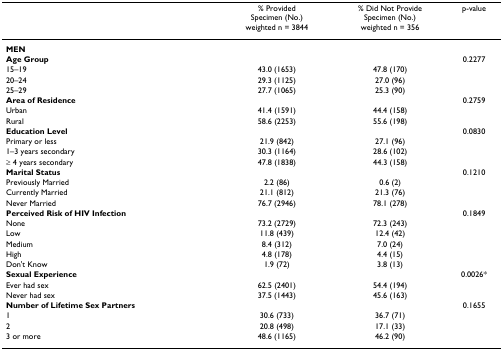
|  | % ProvidedSpecimen (No.)weighted n = 3844 | % Did Not ProvideSpecimen (No.)weighted n = 356 | p-value |
 | --- | --- | --- | --- |
 | MEN |  |  |  |
 | Age Group |  |  | 0.2277 |
 | 15–19 | 43.0 (1653) | 47.8 (170) |  |
 | 20–24 | 29.3 (1125) | 27.0 (96) |  |
 | 25–29 | 27.7 (1065) | 25.3 (90) |  |
 | Area of Residence |  |  | 0.2759 |
 | Urban | 41.4 (1591) | 44.4 (158) |  |
 | Rural | 58.6 (2253) | 55.6 (198) |  |
 | Education Level |  |  | 0.0830 |
 | Primary or less | 21.9 (842) | 27.1 (96) |  |
 | 1–3 years secondary | 30.3 (1164) | 28.6 (102) |  |
 | ≥ 4 years secondary | 47.8 (1838) | 44.3 (158) |  |
 | Marital Status |  |  | 0.1210 |
 | Previously Married | 2.2 (86) | 0.6 (2) |  |
 | Currently Married | 21.1 (812) | 21.3 (76) |  |
 | Never Married | 76.7 (2946) | 78.1 (278) |  |
 | Perceived Risk of HIV Infection |  |  | 0.1849 |
 | None | 73.2 (2729) | 72.3 (243) |  |
 | Low | 11.8 (439) | 12.4 (42) |  |
 | Medium | 8.4 (312) | 7.0 (24) |  |
 | High | 4.8 (178) | 4.4 (15) |  |
 | Don't Know | 1.9 (72) | 3.8 (13) |  |
 | Sexual Experience |  |  | 0.0026* |
 | Ever had sex | 62.5 (2401) | 54.4 (194) |  |
 | Never had sex | 37.5 (1443) | 45.6 (163) |  |
 | Number of Lifetime Sex Partners |  |  | 0.1655 |
 | 1 | 30.6 (733) | 36.7 (71) |  |
 | 2 | 20.8 (498) | 17.1 (33) |  |
 | 3 or more | 48.6 (1165) | 46.2 (90) |  |